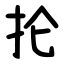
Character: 抡